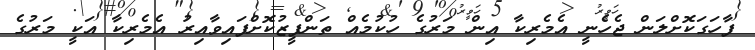
ފާހަގަކޮށްލަން ޖެހެނީ އެމެރިކާ އިން މަރުގެ ހުކުމެއް ތަންފީޒުކޮށްފައިވާއިރު އެމެރިކާ އަކީ މަރުގެ